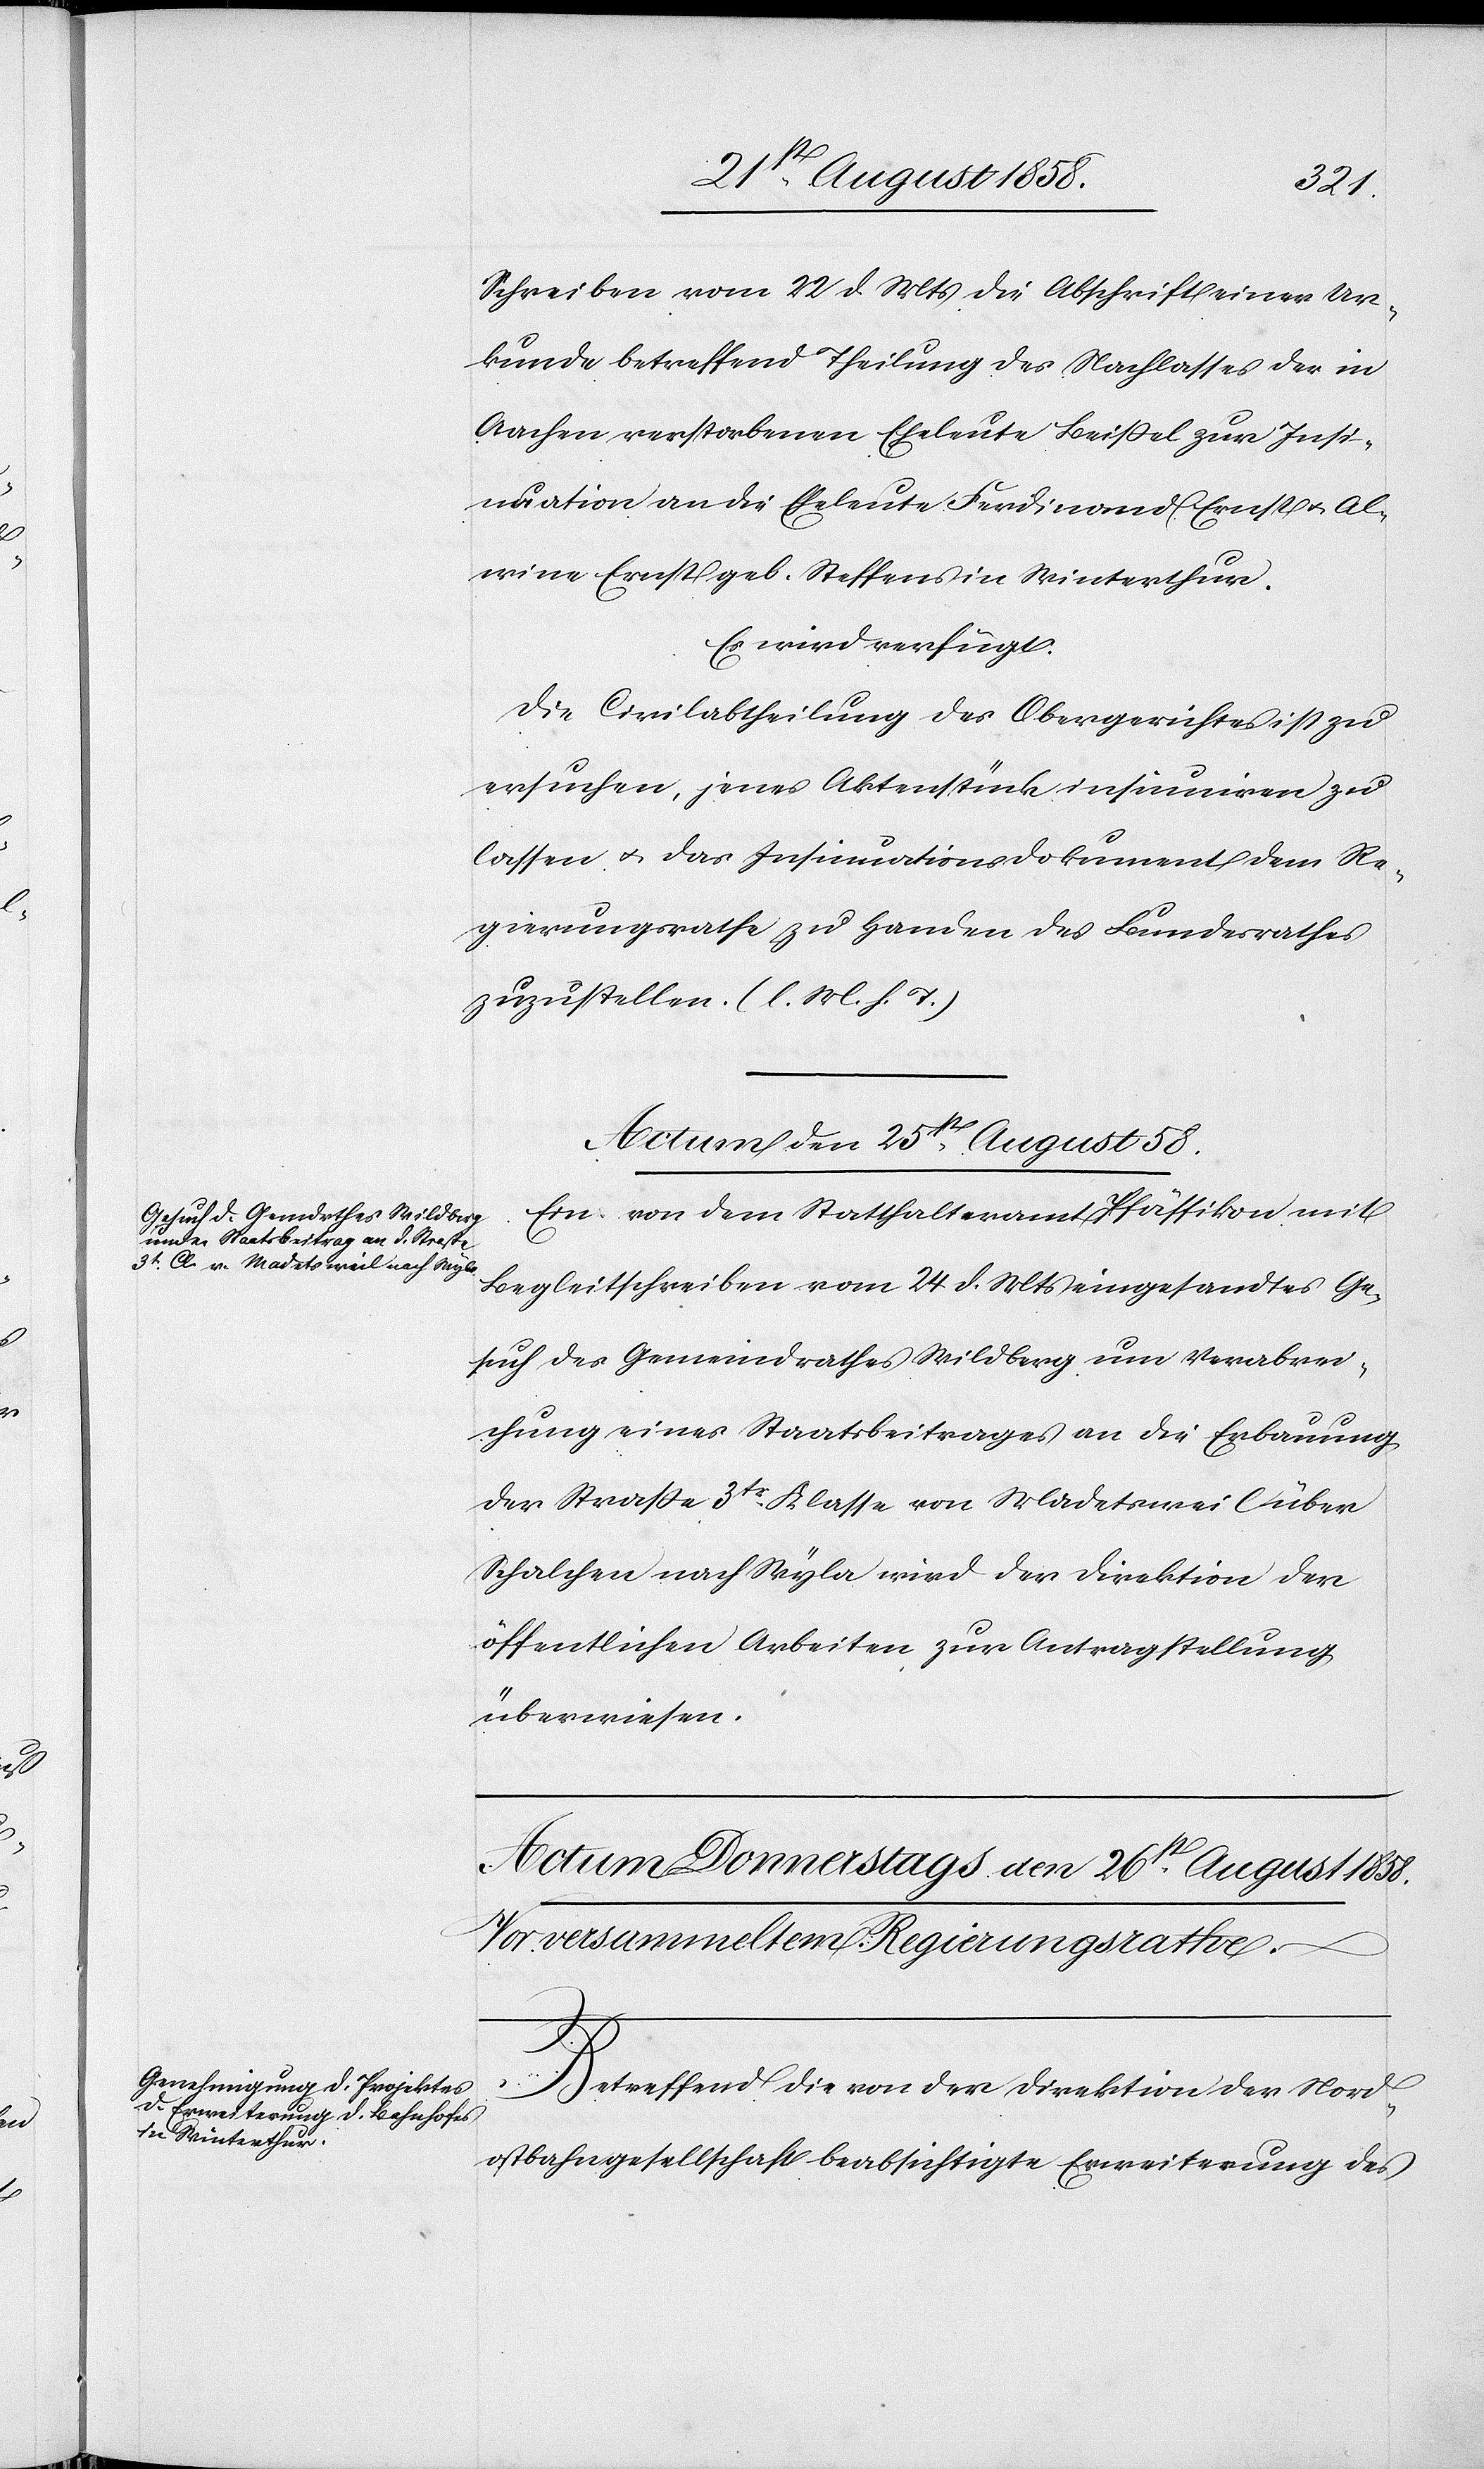
Schreiben vom 22 d. Mts die Abschrift einer Ur¬
kunde betreffend Theilung des Nachlasses der in
Aachen verstorbenen Eheleute Beißel zur Insi¬
nuation an die Eheleute Ferdinand Ernst & Al¬
wine Ernst geb. Steffens in Winterthur.
Es wird verfügt:
Die Civilabtheilung des Obergerichtes ist zu
ersuchen, jenes Aktenstück insinuiren zu
lassen & das Insinuationsdokument dem Re¬
gierungsrathe zu Handen des Bundesrathes
zuzustellen. (l. M. h. T.)
Actum den 25st August 58.
Ein von dem Statthalteramt Pfäffikon mit
Begleitschreiben vom 24 d. Mts eingesandtes Ge¬
such des Gemeindrathes Wildberg um Verabrei¬
chung eines Staatsbeitrages an die Erbauung
der Strasse 3tr Klasse von Madetsweil über
Schalchen nach Wyla wird der Direktion der
öffentlichen Arbeiten zur Antragstellung
überwiesen.
Betreffend die von der Direktion der Nord¬
ostbahngesellschaft beabsichtigte Erweiterung des